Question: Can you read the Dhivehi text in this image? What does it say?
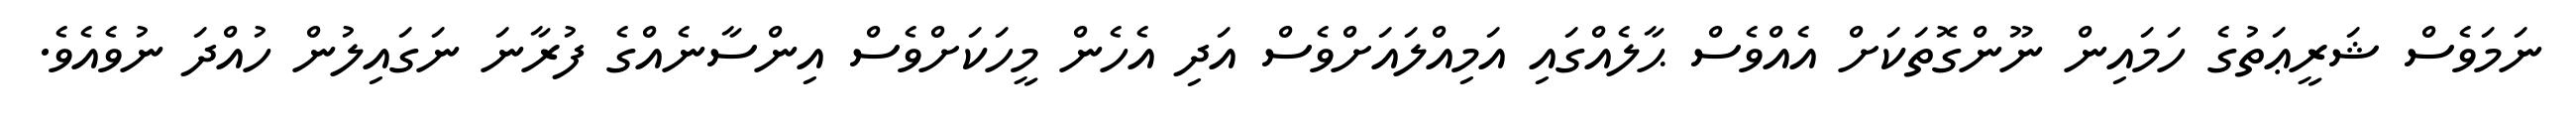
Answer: ނަމަވެސް ޝަރީޢަތުގެ ހަމައިން ނޫންގޮތަކަށް އެއްވެސް ޙާލެއްގައި އަމިއްލައަށްވެސް އަދި އެހެން މީހަކަށްވެސް އިންސާނެއްގެ ފުރާނަ ނަގައިލުން ހުއްދަ ނުވެއެވެ.